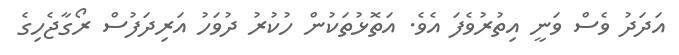
އަދަދު ވެސް ވަނީ އިތުރުވެފަ އެވެ. އަތޮޅުތަކުން ހުކުރު ދުވަހު އަރިދަފުސް ރޯގާޖެހިގެ